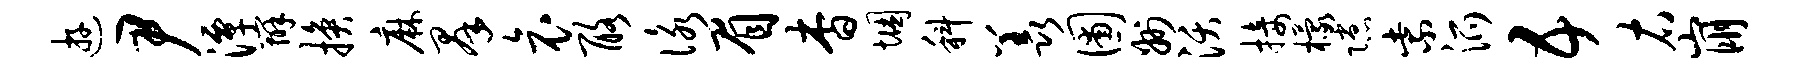
游尹潭辨换麻群哀酪咏眉杳悃科羡圃州沃接檬隙紫派五右崩